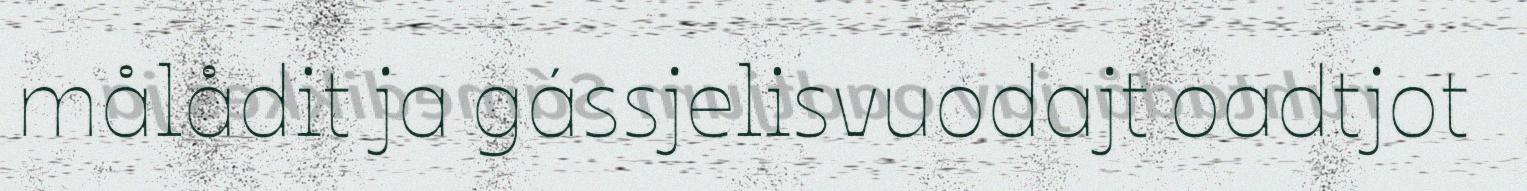
målådit ja gássjelisvuodajt oadtjot